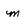
Character: m